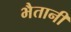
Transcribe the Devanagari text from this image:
भैतानी